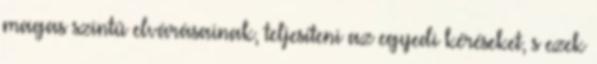
magas szintû elvárásainak, teljesíteni az egyedi kéréseket, s ezek